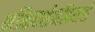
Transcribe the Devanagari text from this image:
भक्तिदर्शनविमर्श